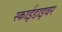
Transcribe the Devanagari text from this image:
स्काईडाइवर